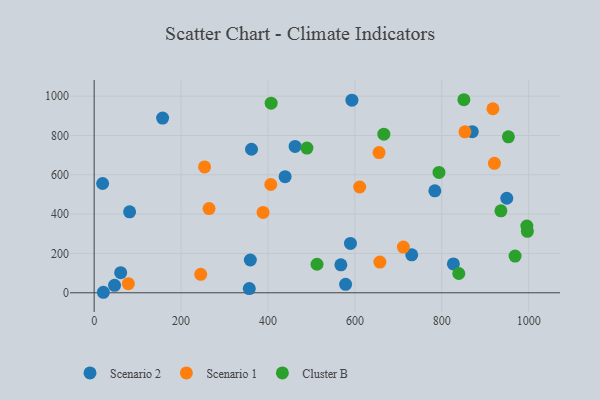
{"axis": {"x": "Experience", "y": "Profit"}, "legend": ["Cluster B", "Scenario 1", "Scenario 2"], "data": [{"x": "61.0", "y": 102.0, "type": "Scenario 2"}, {"x": "46.9", "y": 37.9, "type": "Scenario 2"}, {"x": "567.7", "y": 142.3, "type": "Scenario 2"}, {"x": "784.0", "y": 518.5, "type": "Scenario 2"}, {"x": "870.1", "y": 819.2, "type": "Scenario 2"}, {"x": "949.5", "y": 480.6, "type": "Scenario 2"}, {"x": "19.5", "y": 555.8, "type": "Scenario 2"}, {"x": "826.6", "y": 146.7, "type": "Scenario 2"}, {"x": "21.2", "y": 2.5, "type": "Scenario 2"}, {"x": "439.4", "y": 590.2, "type": "Scenario 2"}, {"x": "359.4", "y": 166.6, "type": "Scenario 2"}, {"x": "81.6", "y": 411.8, "type": "Scenario 2"}, {"x": "578.6", "y": 42.7, "type": "Scenario 2"}, {"x": "157.5", "y": 888.5, "type": "Scenario 2"}, {"x": "462.4", "y": 744.1, "type": "Scenario 2"}, {"x": "362.1", "y": 730.0, "type": "Scenario 2"}, {"x": "730.8", "y": 193.1, "type": "Scenario 2"}, {"x": "593.1", "y": 979.6, "type": "Scenario 2"}, {"x": "589.8", "y": 251.2, "type": "Scenario 2"}, {"x": "357.0", "y": 21.4, "type": "Scenario 2"}, {"x": "254.1", "y": 640.1, "type": "Scenario 1"}, {"x": "406.4", "y": 550.6, "type": "Scenario 1"}, {"x": "78.7", "y": 46.2, "type": "Scenario 1"}, {"x": "921.1", "y": 658.1, "type": "Scenario 1"}, {"x": "657.5", "y": 156.2, "type": "Scenario 1"}, {"x": "388.7", "y": 408.7, "type": "Scenario 1"}, {"x": "711.5", "y": 232.4, "type": "Scenario 1"}, {"x": "264.4", "y": 428.1, "type": "Scenario 1"}, {"x": "655.6", "y": 712.8, "type": "Scenario 1"}, {"x": "917.6", "y": 935.9, "type": "Scenario 1"}, {"x": "245.2", "y": 93.7, "type": "Scenario 1"}, {"x": "853.3", "y": 818.3, "type": "Scenario 1"}, {"x": "611.0", "y": 537.8, "type": "Scenario 1"}, {"x": "936.0", "y": 416.9, "type": "Cluster B"}, {"x": "793.5", "y": 611.8, "type": "Cluster B"}, {"x": "666.6", "y": 806.4, "type": "Cluster B"}, {"x": "512.8", "y": 145.1, "type": "Cluster B"}, {"x": "850.8", "y": 981.8, "type": "Cluster B"}, {"x": "995.7", "y": 339.6, "type": "Cluster B"}, {"x": "407.3", "y": 964.4, "type": "Cluster B"}, {"x": "968.6", "y": 186.7, "type": "Cluster B"}, {"x": "953.2", "y": 793.0, "type": "Cluster B"}, {"x": "839.1", "y": 97.9, "type": "Cluster B"}, {"x": "489.6", "y": 735.9, "type": "Cluster B"}, {"x": "996.9", "y": 312.5, "type": "Cluster B"}]}